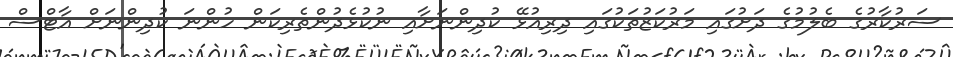
ސަރުކާރުގެ ބެލުމުގެ ދަށުގައި މަރުކަޒުތަކުގައި ދިރިއުޅޭ ކުދިންނަށާއި ނުކުޅެދުންތެރިކަން ހުންނަ ކުދިންނަށް އާޓްސް